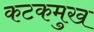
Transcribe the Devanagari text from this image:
कटकमुख